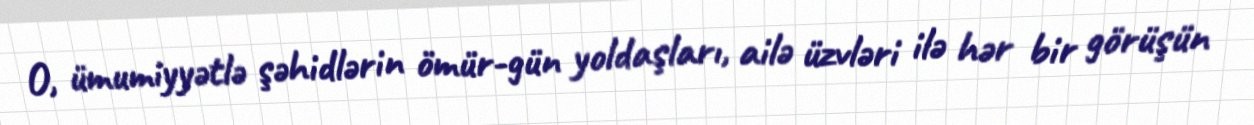
O, ümumiyyətlə şəhidlərin ömür-gün yoldaşları, ailə üzvləri ilə hər bir görüşün